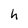
Character: h